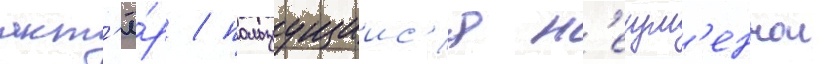
акт'ё́р / пользуущиис'я н'еизм'еннои